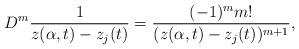
LaTeX: \begin{align*}D^m\frac{1}{z(\alpha,t)-z_j(t)}=\frac{(-1)^m m!}{ (z(\alpha,t)-z_j(t))^{m+1}},\end{align*}